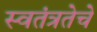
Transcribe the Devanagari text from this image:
स्वतंत्रतेचे